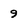
Character: 9